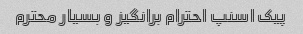
پیک اسنپ احترام برانگیز و بسیار محترم